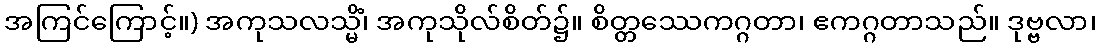
အကြင်ကြောင့်။) အကုသလသ္မိံ၊ အကုသိုလ်စိတ်၌။ စိတ္တဿေကဂ္ဂတာ၊ ဧကဂ္ဂတာသည်။ ဒုဗ္ဗလာ၊